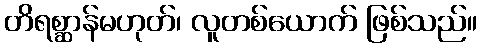
တိရစ္ဆာန်မဟုတ်၊ လူတစ်ယောက် ဖြစ်သည်။